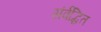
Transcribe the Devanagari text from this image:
संर्वद्धित